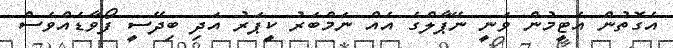
އެގޮތުން އެޓީމުން ވަނީ ނޭޕާލްގެ އެއް ނަމްބަރު ކީޕަރު އަދި ބިދޭސީ ފޯވާޑެއްވެސް